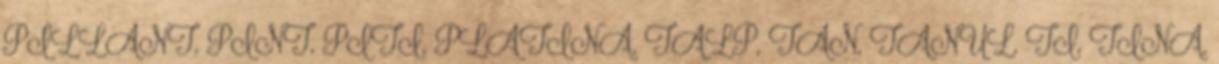
PILLANT, PINT, PITI, PLATINA, TALP, TAN, TANUL, TI, TINA,